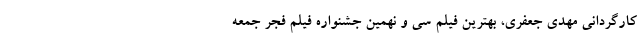
کارگردانی مهدی جعفری، بهترین فیلم سی و نهمین جشنواره فیلم فجر جمعه